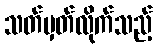
သတ်မှတ်လိုက်သည့်